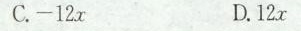
C.-12x D.12x